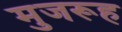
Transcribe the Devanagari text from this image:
मुजरूह